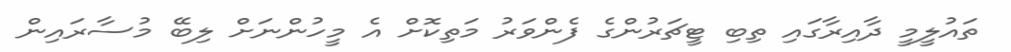
ތައުލީމީ ދާއިރާގައި ތިބި ޓީޗަރުންގެ ފެންވަރު މަތިކޮށް އެ މީހުންނަށް ލިބޭ މުސާރައިން